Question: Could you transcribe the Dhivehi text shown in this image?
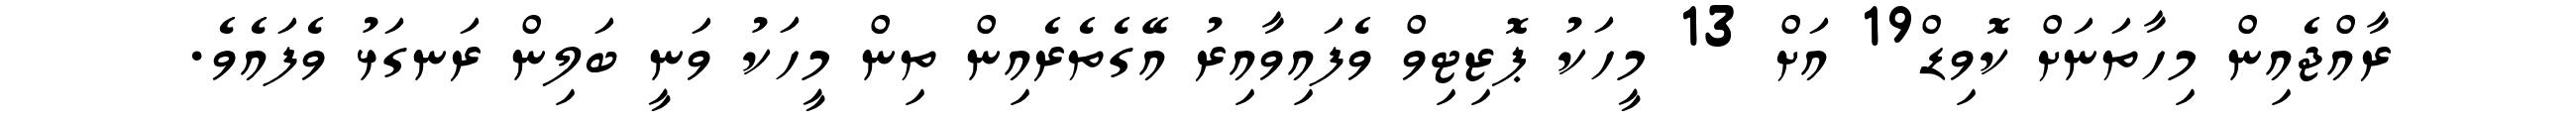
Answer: ރާއްޖެއިން މިހާތަނަށް ކޮވިޑް19 އަށް 13 މީހަކު ޕޮޒިޓިވް ވެފައިވާއިރު އޭގެތެރެއިން ތިން މީހަކު ވަނީ ބަލިން ރަނގަޅު ވެފައެވެ.